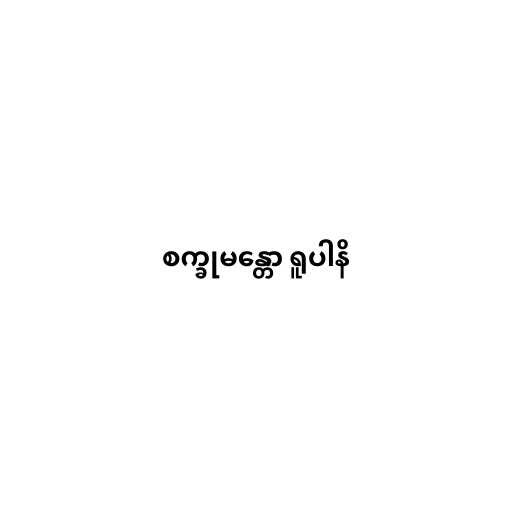
စက္ခုမန္တော ရူပါနိ